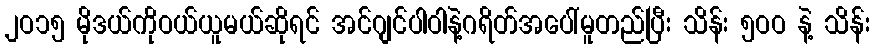
၂ဝ၁၅ မိုဒယ်ကိုဝယ်ယူမယ်ဆိုရင် အင်ဂျင်ပါဝါနဲ့ဂရိတ်အပေါ်မူတည်ပြီး သိန်း ၅ဝဝ နဲ့ သိန်း